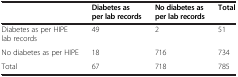
<table><thead><tr><td><b> </b></td><td><b>Diabetes as per lab records</b></td><td><b>No diabetes as per lab records</b></td><td><b>Total</b></td></tr></thead><tbody><tr><td>Diabetes as per HIPE lab records</td><td>49</td><td>2</td><td>51</td></tr><tr><td>No diabetes as per HIPE</td><td>18</td><td>716</td><td>734</td></tr><tr><td>Total</td><td>67</td><td>718</td><td>785</td></tr></tbody></table>